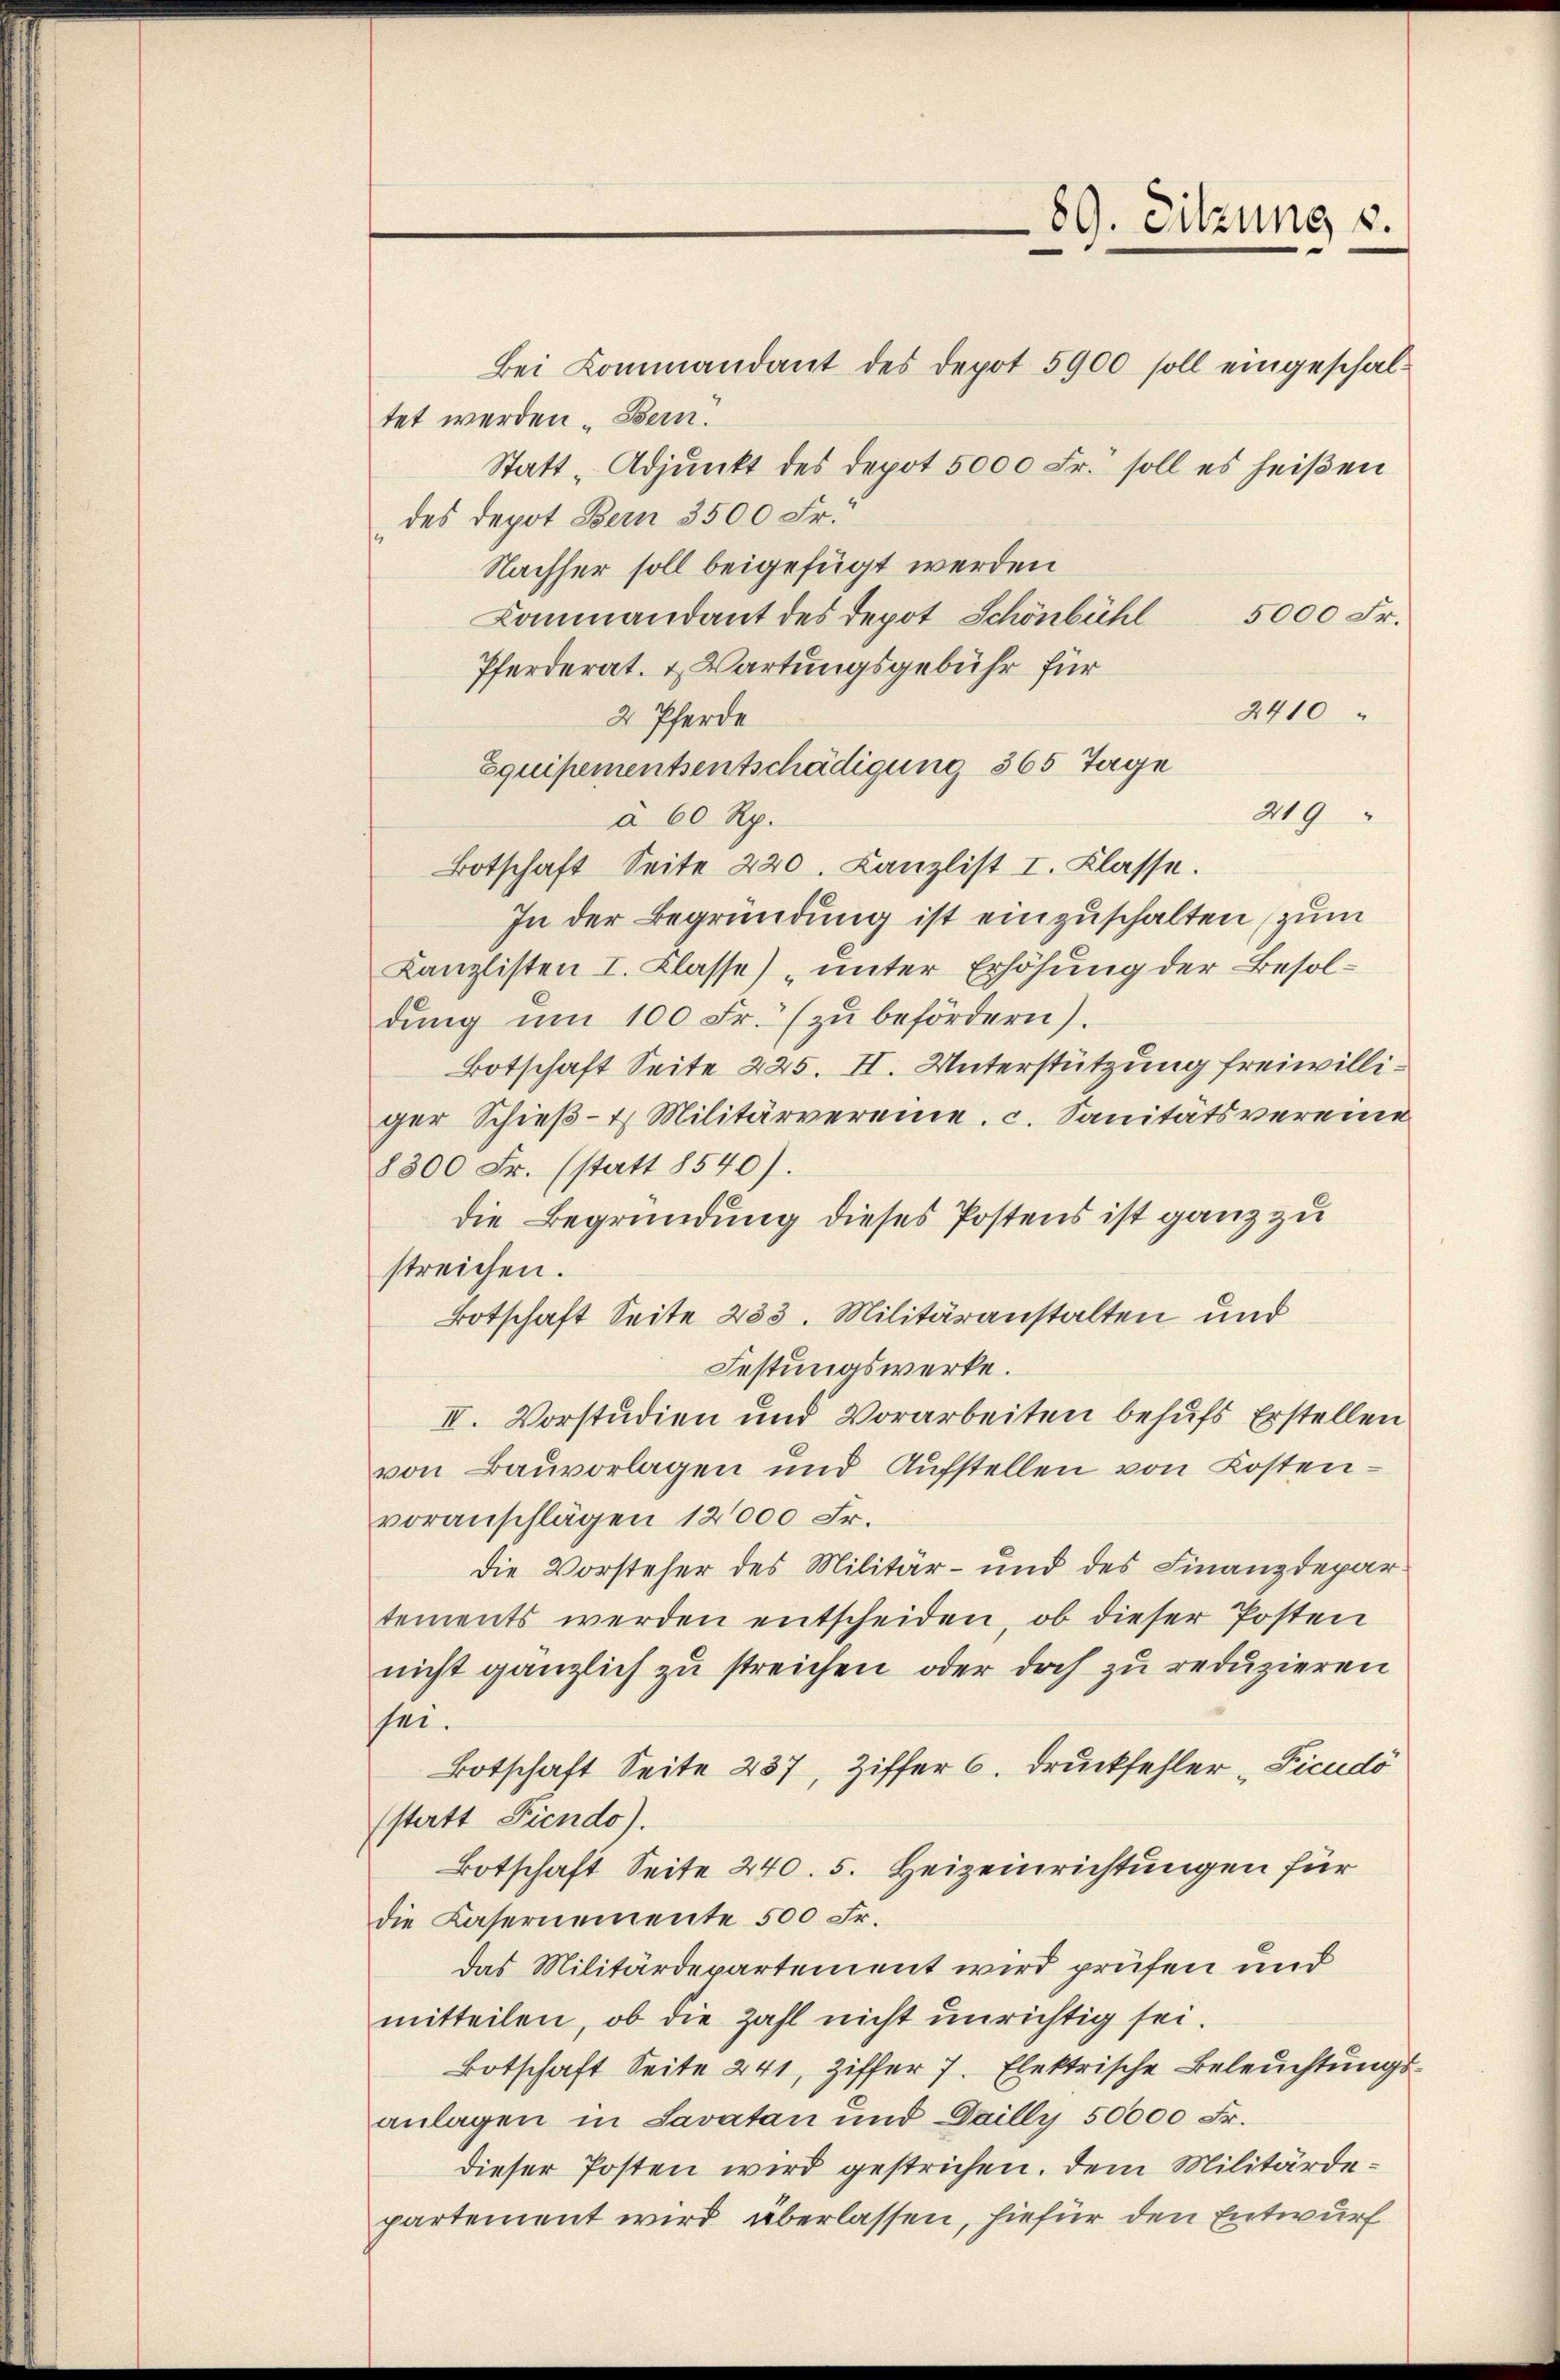
89. Sitzung s.

Bei Kommandant des Depot 5900 soll eingeschaltet werden Bern.
Statt „Adjunkt des Depot 5000 Fr. soll es heißen
des Depot Bern 3500 Fr.
Nachher soll beigefügt werden
5000 Fr.
Kommandant des Depot Schönbühl
Pferderat- & Wartungsgebühr für
2410
2 Pferde
Equipementsentschädigung 365 Tage
219
à 60 Rp.
Botschaft Seite 220. Canzlist I. Klasse.
In der Begründung ist einzuschalten (zum
Kanzlisten I. Klasse) „unter Erhöhung der Besoldŭng ŭm 100 Fr. zŭ befördern).
Botschaft Seite 225. II. Unterstützung freiwilliger Schieβ-4 Militärvereine. c. Sanitätsvereine
8300 Fr. (statt 8540).
die Begründung dieses Postens ist ganz zu
streichen.
Botschaft Seite 233. Militäranstalten und
Festungswerke.
IV. Vorstudien und Vorarbeiten behufs Erstellen
von Bauvorlagen und Aufstellen von Kostenvoranschlägen 12000 Fr.
die Vorsteher des Militär- und des Finanzdepartements werden entscheiden, ob dieser Posten
nicht gänzlich zu streichen oder doch zu reduzieren
sei.
Botschaft Seite 237, Ziffer 6. Druckfehler "Ficudo
statt Fiendo).
Botschaft Seite 240. 5. Heizeinrichtungen für
die Casernemente 500 Fr.
Das Militärdepartement wird prüfen und
mitteilen, ob die Zahl nicht unrichtig sei.
Botschaft Seite 241, Ziffer 7. Elektrische Beleuchtungsanlagen in Savatan und Dailly 50000 Fr.
dieser Posten wird gestrichen. Dem Militärdepartement wird überlassen, hiefür den Entwurf